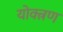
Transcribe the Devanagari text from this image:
योक्त्रण